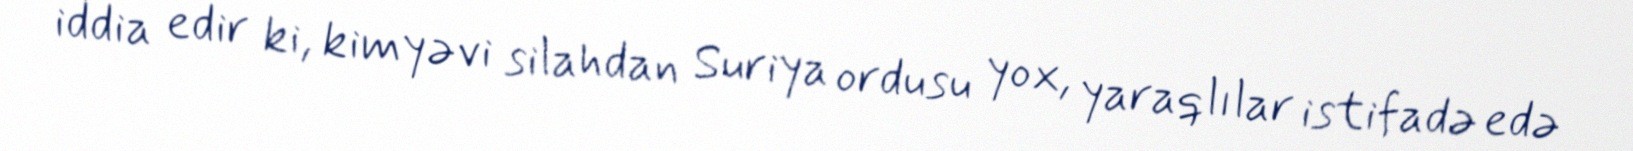
iddia edir ki, kimyəvi silahdan Suriya ordusu yox, yaraqlılar istifadə edə